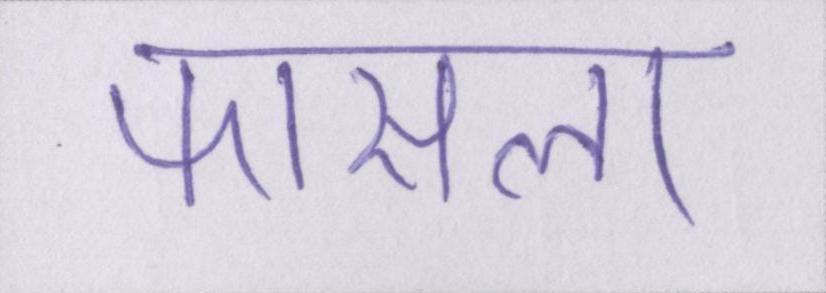
फासला